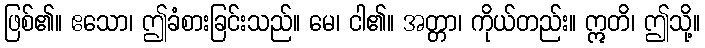
ဖြစ်၏။ ဧသော၊ ဤခံစားခြင်းသည်။ မေ၊ ငါ၏။ အတ္တာ၊ ကိုယ်တည်း။ ဣတိ၊ ဤသို့။